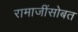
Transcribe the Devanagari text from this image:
रामाजींसोबत